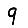
Digit: 9